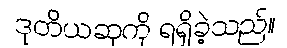
ဒုတိယဆုကို ရရှိခဲ့သည်။